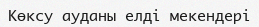
Көксу ауданы елді мекендері